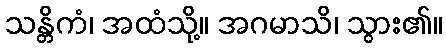
သန္တိကံ၊ အထံသို့။ အဂမာသိ၊ သွား၏။